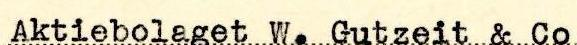
Aktiebolaget W. Gutzeit & Co